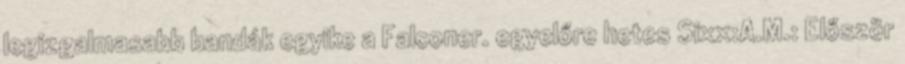
legizgalmasabb bandák egyike a Falconer. egyelőre hetes Sixx:A.M.: Először